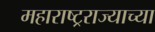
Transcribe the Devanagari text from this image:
महाराष्ट्रराज्याच्या